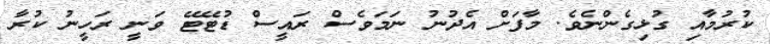
ކުރުމާއި ގުޅިގެންނެވެ. މާފަށް އެދުނު ނަމަވެސް ރައީސް ޑުޓޭޓޭ ވަނީ ރަހީނު ކުރާ